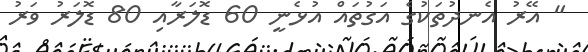
" އޭރު އެނދުތަކުގެ އަގުތައް އުޅެނީ 60 ޑޮލަރާއި 80 ޑޮލަރު ވަރު